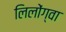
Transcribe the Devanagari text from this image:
लिलोंग्वा